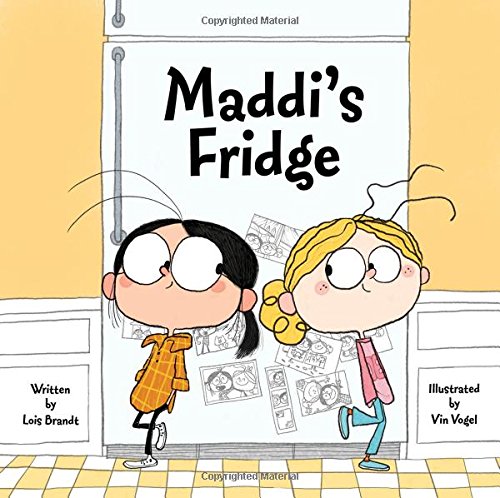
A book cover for Maddi's Fridge; Lois Brandt; Children's Books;